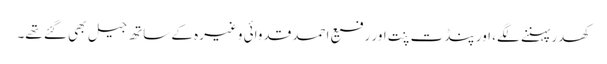
کھدر پہننے لگے، اور پنڈت پنت اور رفیع احمد قدوائی وغیرہ کے ساتھ جیل بھی گئے تھے۔